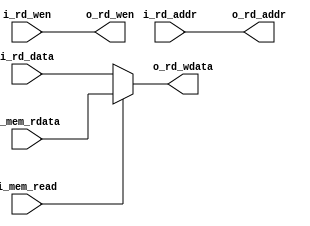
// Copyright 2021 LinYouxu, linyouxu1997@foxmail.com
// Last edit: 2021.07.18
// Write Back unit
// as known as "WB"

module  ysyx_210238_wbu(
    // wb
    input  [63:0] i_rd_data,
    input  [4:0]  i_rd_addr,
    input  [63:0] i_mem_rdata,

    // wb control
    input         i_rd_wen,
    input         i_mem_read,

    // reg_file
    output        o_rd_wen,
    output [4:0]  o_rd_addr,
    output [63:0] o_rd_wdata
);

assign o_rd_wen   = i_rd_wen;

assign o_rd_addr  = i_rd_addr;

assign o_rd_wdata = i_mem_read ? i_mem_rdata : i_rd_data;



endmodule // wbu